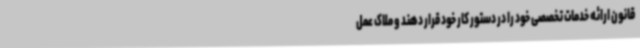
قانون ارائه خدمات تخصصی خود را در دستور کار خود قرار دهند و ملاک عمل